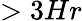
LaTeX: >3Hr